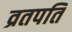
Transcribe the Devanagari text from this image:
व्रतपति